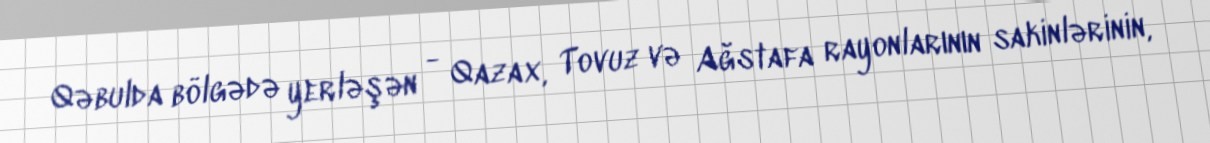
Qəbulda bölgədə yerləşən - Qazax, Tovuz və Ağstafa rayonlarının sakinlərinin,